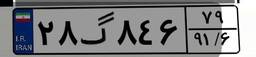
۲۸گ۸۴۶۷۹